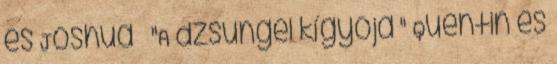
és Joshua » "A dzsungel kígyója " Quentin és